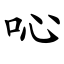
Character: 吣